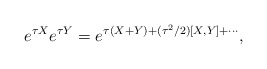
\begin{align*}e^{\tau X}e^{\tau Y} = e^{\tau (X+Y)+(\tau^2/2)[X,Y]+\cdots},\end{align*}